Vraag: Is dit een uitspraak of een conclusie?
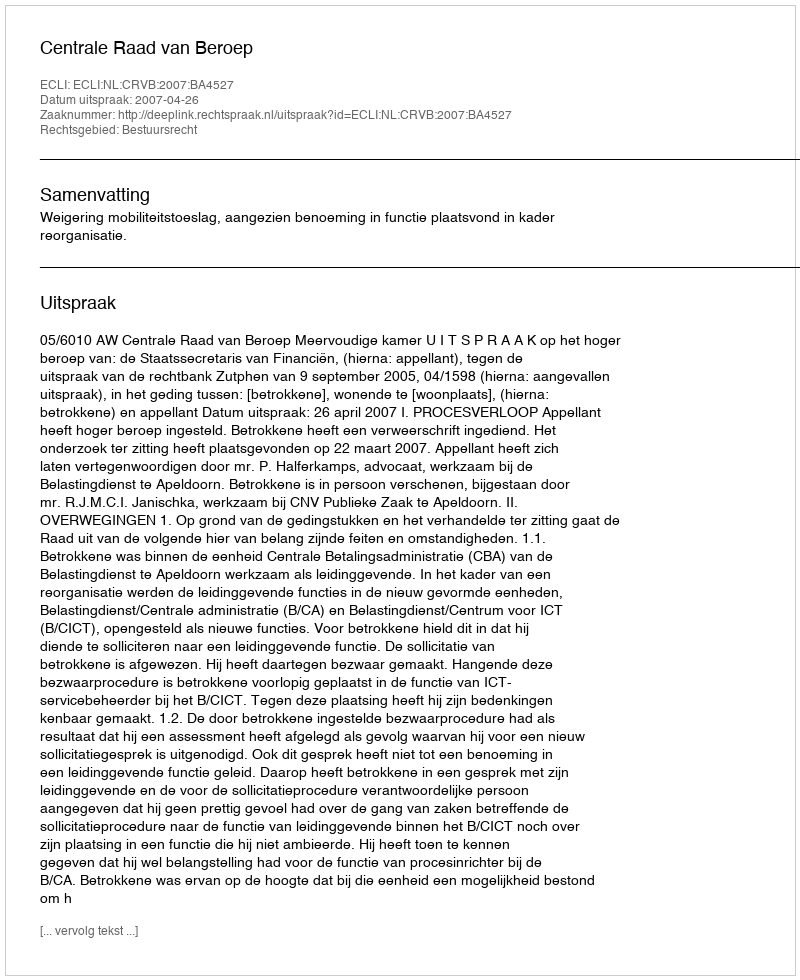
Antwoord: Uitspraak